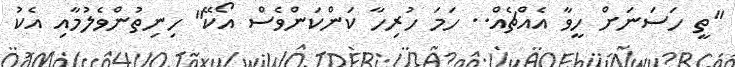
"ތީ ހަސަނަށް ހީވާ އެއްޗެއް.. ހަމަ ހުރިހާ ކަންކަންވެސް އޯކޭ" ހިނިތުންވެލުމާއި އެކު